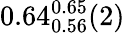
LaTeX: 0.64_{0.56}^{0.65}(2)